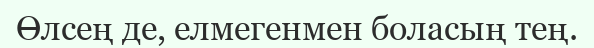
Өлсең де, елмегенмен боласың тең.